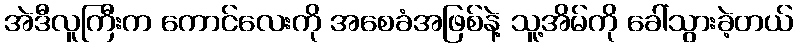
အဲဒီလူကြီးက ကောင်လေးကို အစေခံအဖြစ်နဲ့ သူ့အိမ်ကို ခေါ်သွားခဲ့တယ်